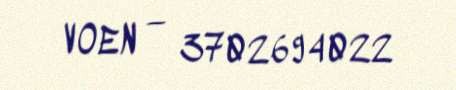
VOEN — 3702694022